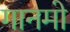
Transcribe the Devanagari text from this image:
गानमो